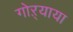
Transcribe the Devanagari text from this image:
गोऱ्याया